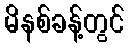
မိနစ်ခန့်တွင်